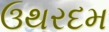
ઉથરદમ